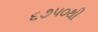
૬૭૫૦થી